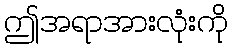
ဤအရာအားလုံးကို